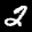
Label: 2